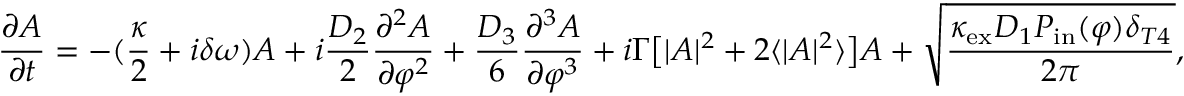
\frac { \partial A } { \partial t } = - ( \frac { \kappa } { 2 } + i \delta \omega ) A + i \frac { D _ { 2 } } { 2 } \frac { \partial ^ { 2 } A } { \partial \varphi ^ { 2 } } + \frac { D _ { 3 } } { 6 } \frac { \partial ^ { 3 } A } { \partial \varphi ^ { 3 } } + i \Gamma \big [ | A | ^ { 2 } + 2 \langle | A | ^ { 2 } \rangle \big ] A + \sqrt { \frac { \kappa _ { \mathrm { e x } } D _ { 1 } P _ { \mathrm { i n } } ( \varphi ) \delta _ { T 4 } } { 2 \pi } } ,